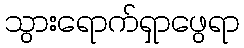
သွားရောက်ရှာဖွေရာ